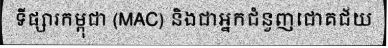
ទីផ្សារកម្ពុជា (MAC) និងជាអ្នកជំនួញជោគជ័យ